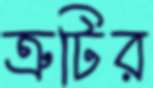
ত্রুটির